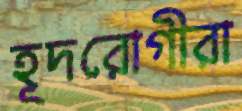
হূদরোগীরা